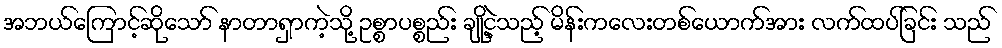
အဘယ်ကြောင့်ဆိုသော် နာတာရှာကဲ့သို့ ဥစ္စာပစ္စည်း ချို့ငဲ့သည့် မိန်းကလေးတစ်ယောက်အား လက်ထပ်ခြင်း သည်